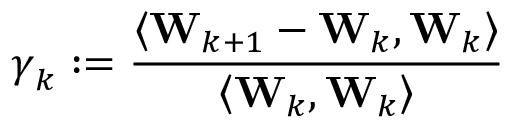
\boldsymbol { \gamma } _ { k } : = \frac { \left\langle \mathbf { W } _ { k + 1 } - \mathbf { W } _ { k } , \mathbf { W } _ { k } \right\rangle } { \left\langle \mathbf { W } _ { k } , \mathbf { W } _ { k } \right\rangle }